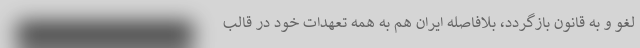
لغو و به قانون بازگردد، بلافاصله ایران هم به همه تعهدات خود در قالب